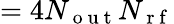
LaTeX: =4N_{\mathrm{~o~u~t~}}N_{\mathrm{~r~f~}}